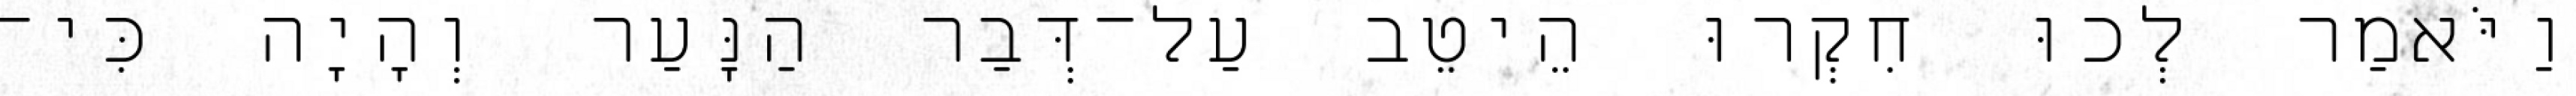
וַיֹּאמַר לְכוּ חִקְרוּ הֵיטֵב עַל־דְּבַר הַנָּעַר וְהָיָה כִּי־